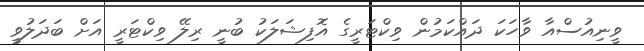
ވީނިއުސްއާ ވާހަކަ ދައްކަމުން ވިކްޓަރީގެ އޮފިޝަލަކު ބުނީ ރިލޭ ވިކްޓަރީ އަށް ބަދަލުވީ